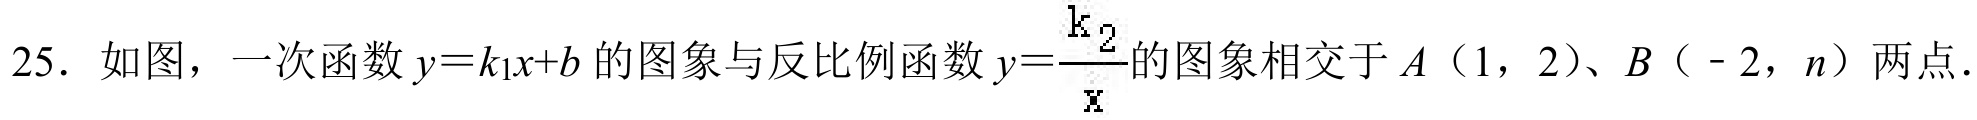
25. 如图，一次函数\(y = k_{1}x + b\)的图象与反比例函数\(y=\dfrac{k_{2}}{x}\)的图象相交于\(A\)（1，2）、\(B\)（ - 2，\(n\)）两点．